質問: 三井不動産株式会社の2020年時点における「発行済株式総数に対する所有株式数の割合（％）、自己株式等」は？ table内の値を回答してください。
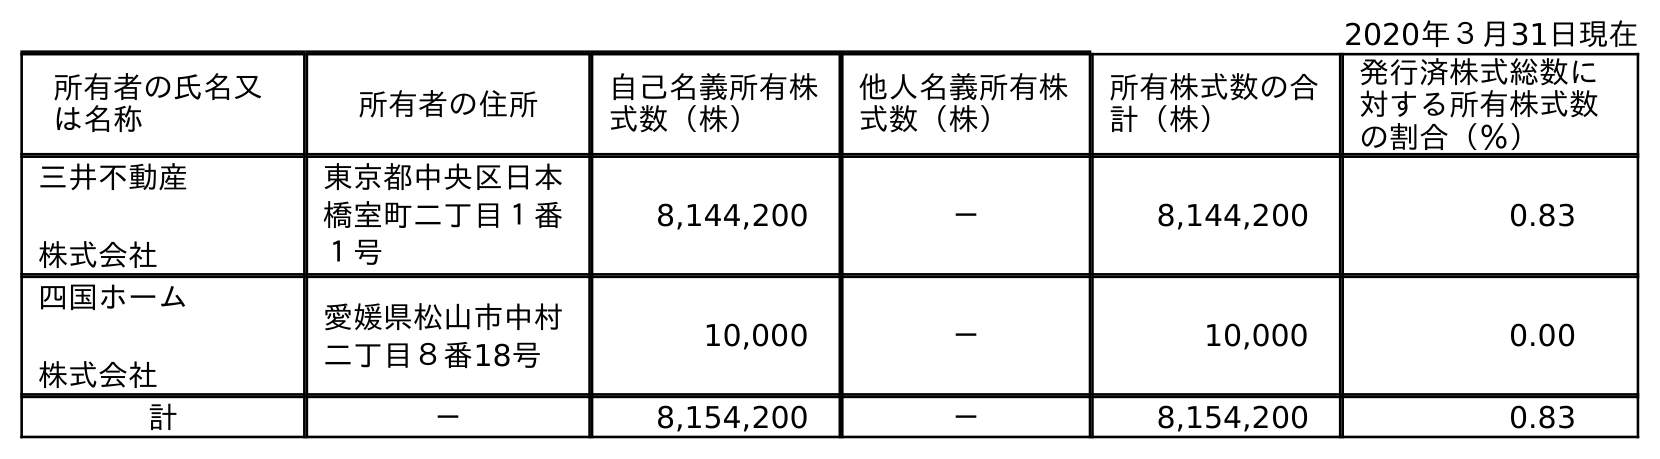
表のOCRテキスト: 2020年３月31日現在 所有者の氏名又 は名称 所有者の住所 自己名義所有株 式数（株） 他人名義所有株 式数（株） 所有株式数の合 計（株） 発行済株式総数に 対する所有株式数 の割合（％） 三井不動産 株式会社 東京都中央区日本 橋室町二丁目１番 １号 8,144,200 － 8,144,200 0.83 四国ホーム 株式会社 愛媛県松山市中村 二丁目８番18号 10,000 － 10,000 0.00 計 － 8,154,200 － 8,154,200 0.83
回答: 0.83